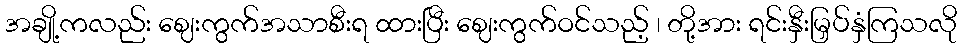
အချို့ကလည်း ဈေးကွက်အသာစီးရ ထားပြီး ဈေးကွက်ဝင်သည့် ၊ တို့အား ရင်းနှီးမြှပ်နှံကြသလို